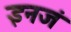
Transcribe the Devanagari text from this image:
इनजं